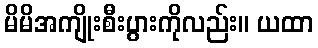
မိမိအကျိုးစီးပွားကိုလည်း။ ယထာ